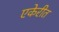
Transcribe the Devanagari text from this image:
एकेरीत